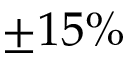
\pm 1 5 \%